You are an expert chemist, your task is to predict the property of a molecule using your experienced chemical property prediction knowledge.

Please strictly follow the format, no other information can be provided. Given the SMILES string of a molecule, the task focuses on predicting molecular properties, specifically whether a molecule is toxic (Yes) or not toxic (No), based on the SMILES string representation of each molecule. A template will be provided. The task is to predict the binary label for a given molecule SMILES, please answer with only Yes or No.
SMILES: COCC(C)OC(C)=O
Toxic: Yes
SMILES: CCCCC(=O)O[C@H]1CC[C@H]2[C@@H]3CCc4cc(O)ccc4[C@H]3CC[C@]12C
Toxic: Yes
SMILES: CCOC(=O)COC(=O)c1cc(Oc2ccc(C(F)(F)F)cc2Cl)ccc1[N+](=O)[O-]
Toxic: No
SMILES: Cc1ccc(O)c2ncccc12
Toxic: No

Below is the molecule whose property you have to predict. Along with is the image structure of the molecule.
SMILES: O=C1CN=C(c2ccccc2)c2cc(Cl)ccc2N1CC1CC1
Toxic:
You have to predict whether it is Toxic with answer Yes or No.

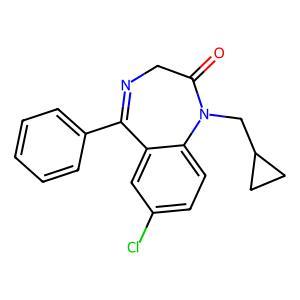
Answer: No